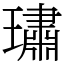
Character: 璛